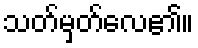
သတ်မှတ်လေ၏။